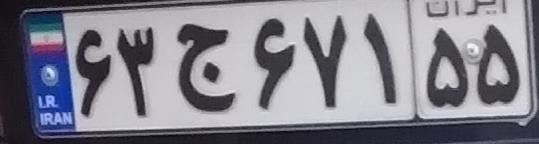
۶۳ج۶۷۱۵۵